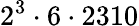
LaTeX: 2^{3}\cdot 6\cdot 2310